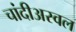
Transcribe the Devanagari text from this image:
चांदीअस्वल